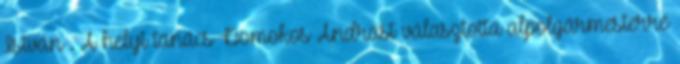
István . A helyi tanács Domokos Andrást választotta alpolgármesterré